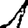
Digit: 1